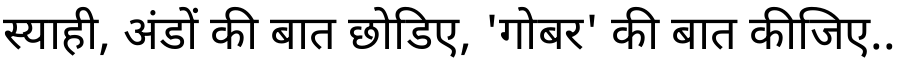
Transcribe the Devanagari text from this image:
स्याही, अंडों की बात छोडिए, 'गोबर' की बात कीजिए..